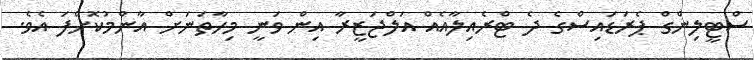
ސްޓީލިންގް ޕެރަޑައިސްގެ ދެ ޓްރެއިލާއެއް އަލްޖަޒީރާ އިން ވަނީ މިހާތަނަށް އާންމުކޮށްފަ އެވެ.